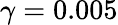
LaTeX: \gamma=0.005